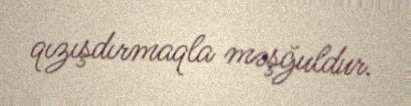
qızışdırmaqla məşğuldur.